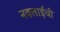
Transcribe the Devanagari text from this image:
नवलाईची